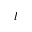
l